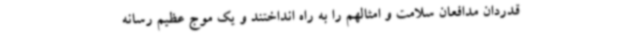
قدردان مدافعان سلامت و امثالهم را به راه انداختند و یک موج عظیم رسانه